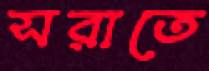
সরাতে